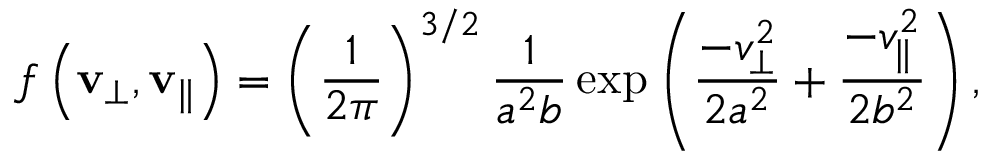
f \left( \mathbf { v } _ { \perp } , \mathbf { v } _ { \| } \right) = \left( \frac { 1 } { 2 \pi } \right) ^ { 3 / 2 } \frac { 1 } { a ^ { 2 } b } \exp \left( \frac { - v _ { \perp } ^ { 2 } } { 2 a ^ { 2 } } + \frac { - v _ { \| } ^ { 2 } } { 2 b ^ { 2 } } \right) ,